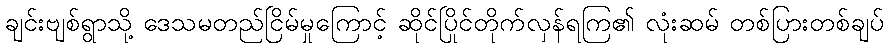
ချင်းဗျစ်ရွာသို့ ဒေသမတည်ငြိမ်မှုကြောင့် ဆိုင်ပြိုင်တိုက်လှန်ရကြ၏ လုံးဆမ် တစ်ပြားတစ်ချပ်